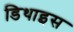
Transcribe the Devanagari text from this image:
डिथाइस